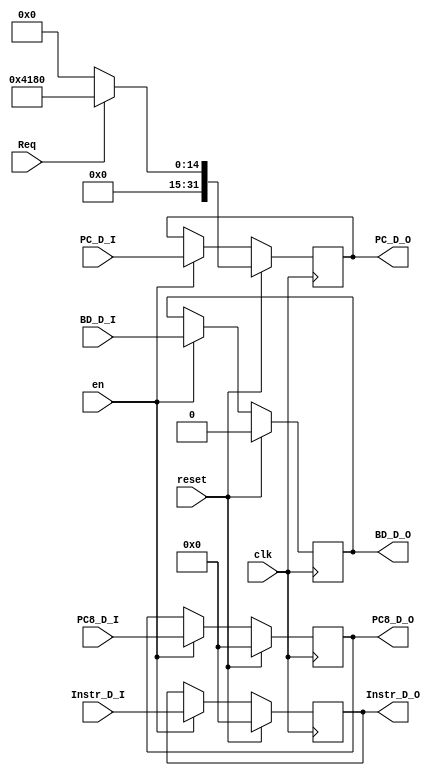
module D_REG (
    input wire clk,
    input wire en,
    input wire reset,
    input wire Req,
    input wire [31:0] Instr_D_I,
    input wire [31:0] PC8_D_I,
    input wire [31:0] PC_D_I,
    output wire [31:0] Instr_D_O,
    output wire [31:0] PC8_D_O,
    output wire [31:0] PC_D_O,
    input wire BD_D_I,
    output wire BD_D_O
);
    reg [31:0] Instr_D,PC8_D,PC_D;
    reg BD_D;
    always @(posedge clk) begin
        if(reset==1'b1)begin
            Instr_D <= 0;
            PC8_D <= 0;

            if(Req) PC_D <= 32'h0000_4180;
            else PC_D <= 0;

            BD_D <= 0;
        end else if(en==1'b1)begin
            Instr_D <= Instr_D_I;
            PC8_D <= PC8_D_I;
            PC_D <= PC_D_I;
            BD_D <= BD_D_I;
        end else begin
            Instr_D <= Instr_D;
            PC8_D <= PC8_D;
            PC_D <= PC_D;
            BD_D <= BD_D;
        end
    end


    assign Instr_D_O = Instr_D;
    assign PC8_D_O = PC8_D;
    assign PC_D_O = PC_D;
    assign BD_D_O = BD_D;

endmodule

module E_REG(
    input wire clk,
    input wire reset,
    input wire resetPC,
    input wire Req,
    input wire [31:0] RD1_E_I,
    output wire [31:0] RD1_E_O,
    input wire[31:0] RD2_E_I,
    output wire[31:0] RD2_E_O,
    input wire[31:0] EXT32_E_I,
    output wire[31:0] EXT32_E_O,
    input wire[4:0] Shamt_E_I,
    output wire[4:0] Shamt_E_O,
    input wire[31:0] PC8_E_I,
    output wire[31:0] PC8_E_O,
    input wire[31:0] PC_E_I,
    output wire[31:0] PC_E_O,
    input wire BD_E_I,
    output wire BD_E_O
    );
    reg [31:0] RD1_E,RD2_E,EXT32_E,PC8_E,PC_E;
    reg [4:0] Shamt_E;
    reg BD_E;

    always @(posedge clk) begin
        if(reset==1'b1)begin
            RD1_E <= 0;
            RD2_E <= 0;
            EXT32_E <= 0;
            PC8_E <= 0;
            Shamt_E <= 0;
        end else begin
            RD1_E <= RD1_E_I;
            RD2_E <= RD2_E_I;
            EXT32_E <= EXT32_E_I;
            PC8_E <= PC8_E_I;
            Shamt_E <= Shamt_E_I;
        end
    end

    always @(posedge clk) begin
        if(resetPC==1'b1) begin
            if(Req) begin
                PC_E <= 32'h0000_4180;
            end else begin
                PC_E <= 0;
            end
            BD_E <= 0;
        end else begin
            PC_E <= PC_E_I;
            BD_E <= BD_E_I;
        end
    end

    assign RD1_E_O = RD1_E;
    assign RD2_E_O = RD2_E;
    assign EXT32_E_O = EXT32_E;
    assign PC8_E_O = PC8_E;
    assign PC_E_O = PC_E;
    assign Shamt_E_O = Shamt_E;
    assign BD_E_O = BD_E;

endmodule

module M_REG(
    input wire clk,
    input wire reset,
    input wire Req,
    input wire[31:0] AO_M_I,
    output wire[31:0] AO_M_O,
    input wire[31:0] MD_M_I,
    output wire[31:0] MD_M_O,
    input wire[31:0] RD2_M_I,
    output wire[31:0] RD2_M_O,
    input wire[31:0] PC8_M_I,
    output wire[31:0] PC8_M_O,
    input wire[31:0] PC_M_I,
    output wire[31:0] PC_M_O,
    input wire BD_M_I,
    output wire BD_M_O
    );
    reg [31:0] AO_M,RD2_M,PC8_M,PC_M,MD_M;
    reg BD_M;

    always @(posedge clk) begin
        if(reset==1'b1)begin
            AO_M <= 0;
            RD2_M <= 0;
            PC8_M <= 0;

            if(Req) PC_M <= 32'h0000_4180;
            else PC_M <= 0;

            BD_M <= 0;
            MD_M <= 0;
        end else begin
            AO_M <= AO_M_I;
            RD2_M <= RD2_M_I;
            PC8_M <= PC8_M_I;
            PC_M <= PC_M_I;
            BD_M <= BD_M_I;
            MD_M <= MD_M_I;
        end
    end

    assign AO_M_O = AO_M;
    assign MD_M_O = MD_M;
    assign RD2_M_O = RD2_M;
    assign PC8_M_O = PC8_M;
    assign PC_M_O = PC_M;
    assign BD_M_O = BD_M;

endmodule

module W_REG(
    input wire clk,
    input wire reset,
    input wire[31:0] MemO_W_I,
    output wire[31:0] MemO_W_O,
    input wire[31:0] AO_W_I,
    output wire[31:0] AO_W_O,
    input wire[31:0] MD_W_I,
    output wire[31:0] MD_W_O,
    input wire[31:0] PC8_W_I,
    output wire[31:0] PC8_W_O,
    input wire[31:0] PC_W_I,
    output wire[31:0] PC_W_O,
    input wire[31:0] CP0_W_I,
    output wire[31:0] CP0_W_O
    );

    reg [31:0] MemO_W,AO_W,MD_W,PC8_W,PC_W,CP0_W;

    always @(posedge clk) begin
        if(reset==1'b1)begin
            MemO_W <= 0;
            AO_W <= 0;
            PC8_W <= 0;
            PC_W <= 0;
            MD_W <= 0;
            CP0_W <= 0;
        end else begin
            MemO_W <= MemO_W_I;
            AO_W <= AO_W_I;
            PC8_W <= PC8_W_I;
            PC_W <= PC_W_I;
            MD_W <= MD_W_I;
            CP0_W <= CP0_W_I;
        end
    end

    assign MemO_W_O = MemO_W;
    assign AO_W_O = AO_W;
    assign MD_W_O = MD_W;
    assign PC8_W_O = PC8_W;
    assign PC_W_O = PC_W;
    assign CP0_W_O = CP0_W;

endmodule